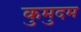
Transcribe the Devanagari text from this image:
कुमुदम